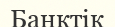
Банктік